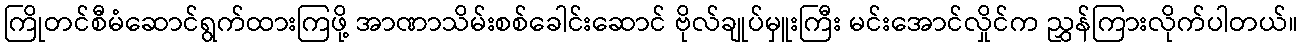
ကြိုတင်စီမံဆောင်ရွက်ထားကြဖို့ အာဏာသိမ်းစစ်ခေါင်းဆောင် ဗိုလ်ချုပ်မှူးကြီး မင်းအောင်လှိုင်က ညွှန်ကြားလိုက်ပါတယ်။